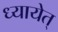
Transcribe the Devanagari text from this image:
ध्यायेत्